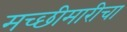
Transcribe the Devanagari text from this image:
मच्छीमारीचा